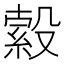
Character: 𣪺